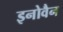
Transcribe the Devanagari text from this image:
इनोवैन